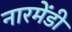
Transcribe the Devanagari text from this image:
नारमेंडी